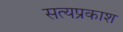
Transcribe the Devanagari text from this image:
सत्‍यप्रकाश